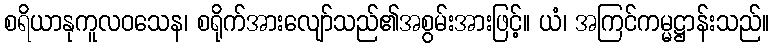
စရိယာနုကူလဝသေန၊ စရိုက်အားလျော်သည်၏အစွမ်းအားဖြင့်။ ယံ၊ အကြင်ကမ္မဋ္ဌာန်းသည်။